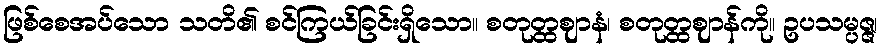
ဖြစ်စေအပ်သော သတိ၏ စင်ကြယ်ခြင်းရှိသော။ စတုတ္ထဈာနံ၊ စတုတ္ထဈာန်ကို။ ဥပသမ္ပဇ္ဇ၊